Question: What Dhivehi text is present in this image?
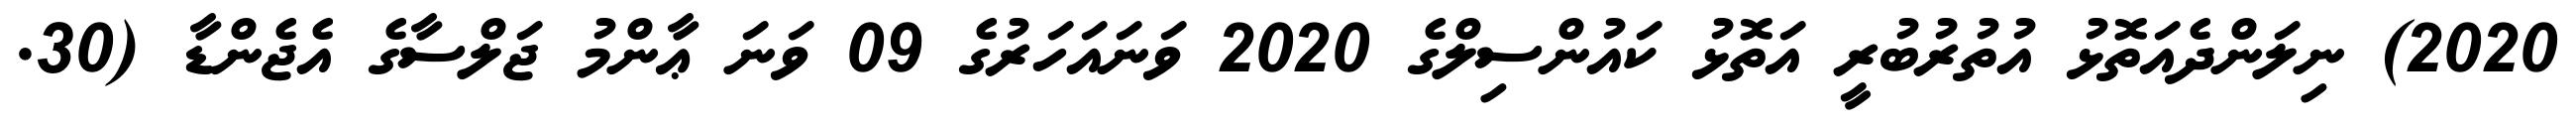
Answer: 2020) ނިލަންދެއަތޮޅު އުތުރުބުރީ އަތޮޅު ކައުންސިލްގެ 2020 ވަނައަހަރުގެ 09 ވަނަ ޢާންމު ޖަލްސާގެ އެޖެންޑާ (30.